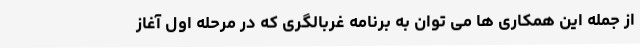
از جمله این همکاری ها می توان به برنامه غربالگری که در مرحله اول آغاز